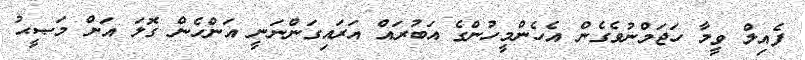
ފެއިލް ވީމާ ހަޖަމްނުވެގެން އެހެންމީހުންގެ އަބުރައް އަރައިގަންނަނީ އަންހެން ގޮލަ އަށް މަޞީޙު